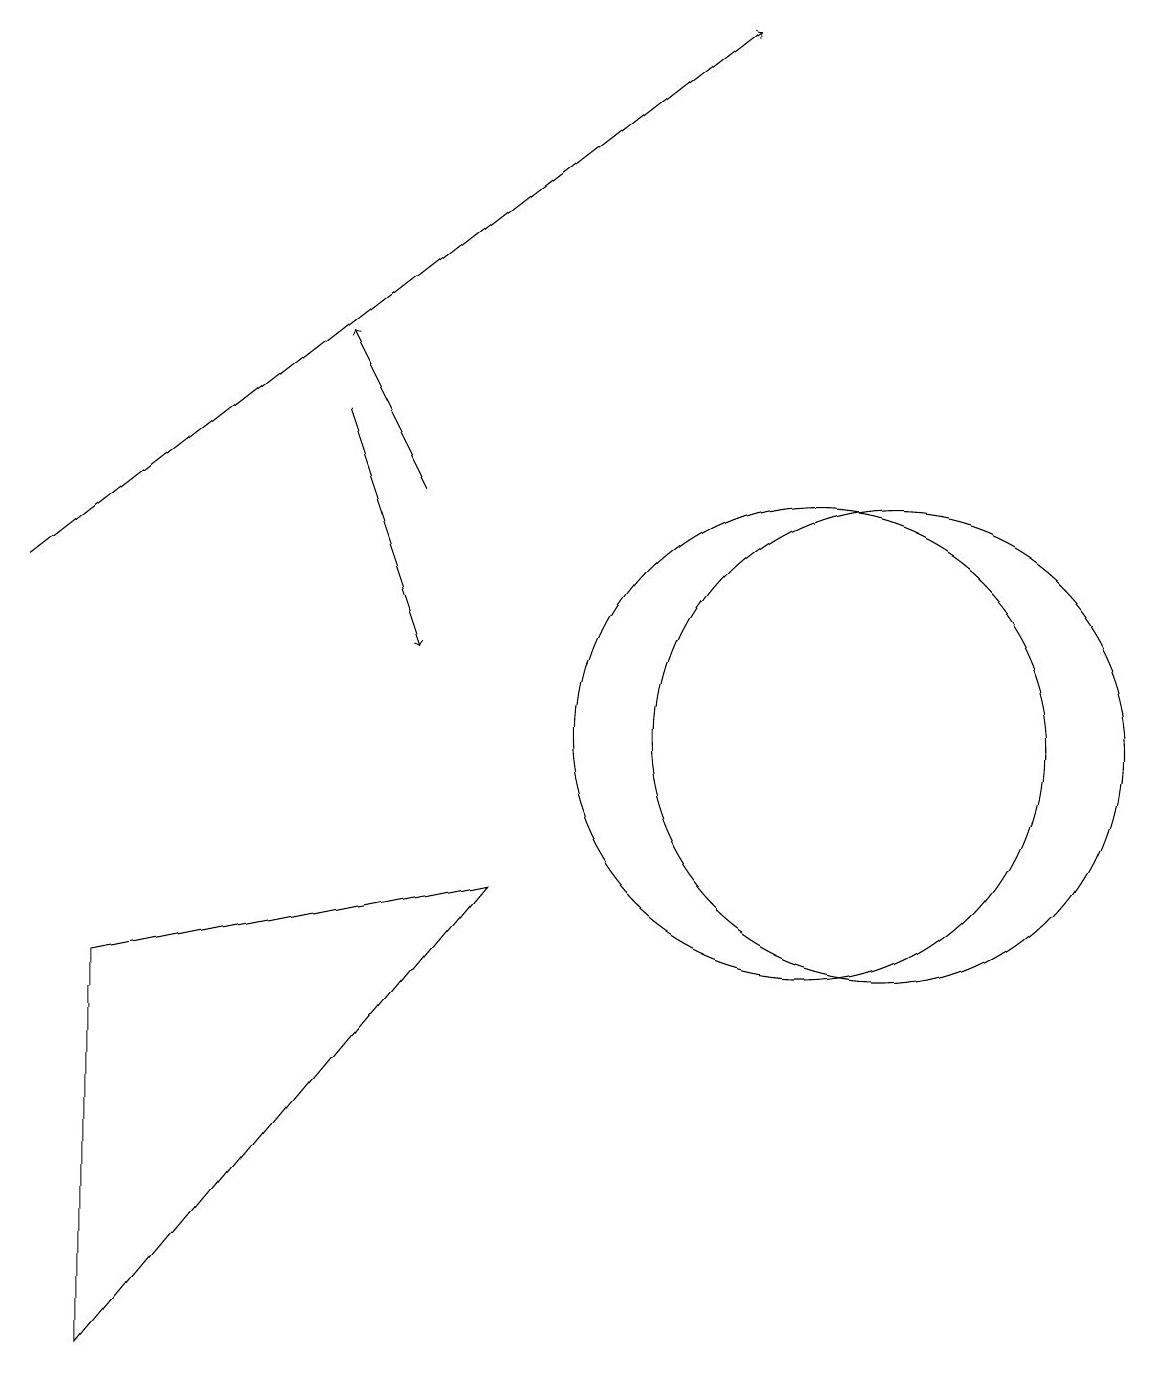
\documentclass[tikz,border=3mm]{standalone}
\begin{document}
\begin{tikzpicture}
\draw (11,10) circle (3);
\draw (10,10) circle (3);
\draw[->] (0,12) -- (9,19);
\draw (1,2) -- (6,8) -- (1,7) -- cycle;
\draw[->] (4,14) -- (5,11);
\draw[->] (5,13) -- (4,15);
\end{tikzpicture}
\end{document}